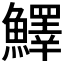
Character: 𩼓